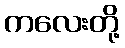
ကလေးတို့